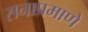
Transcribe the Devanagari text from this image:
सनाप्रमाणे